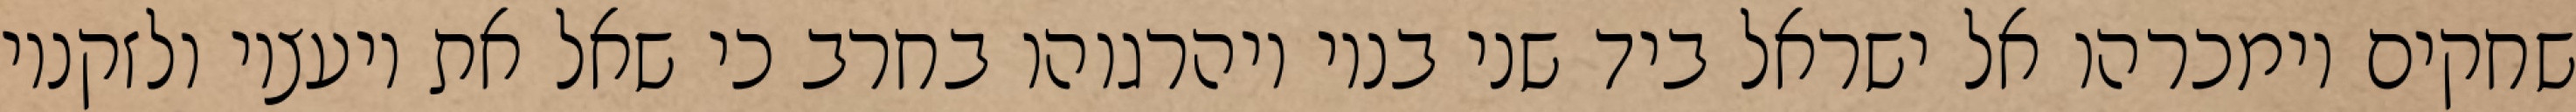
שחקים וימכרהו אל ישראל ביד שני בניו ויהרגוהו בחרב כי שאל את יועציו ולזקניו